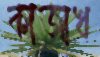
কাজাখ